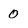
Character: 0